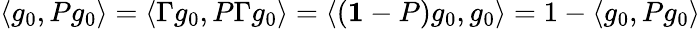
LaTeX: \langle g_{0},Pg_{0}\rangle=\langle\Gamma g_{0},P\Gamma g_{0}\rangle=\langle({\mathbf 1}-P)g_{0},g_{0}\rangle=1-\langle g_{0},Pg_{0}\rangle